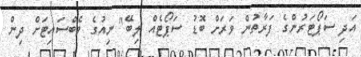
އަދި ސަޕޯޓަރުންގެ ފަރާތުން ވަރަށް ބޮޑު ސަޕޯޓެއް ލިބޭ" ނިއުގެ ވެބްސައިޓަށް ދިން